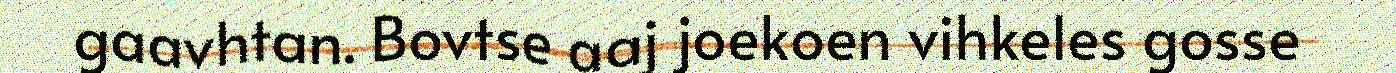
gaavhtan. Bovtse aaj joekoen vihkeles gosse